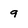
Character: 9